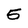
Character: 5